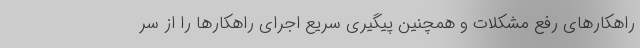
راهکارهای رفع مشکلات و همچنین پیگیری سریع اجرای راهکارها را از سر